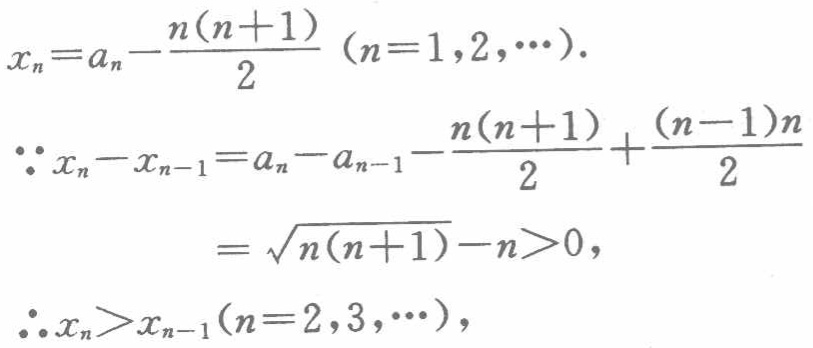
\[

\begin{align*}

x_{n}&=a_{n}-\frac{n(n + 1)}{2}\ (n = 1,2,\cdots).\\

\because x_{n}-x_{n - 1}&=a_{n}-a_{n - 1}-\frac{n(n + 1)}{2}+\frac{(n - 1)n}{2}\\

&=\sqrt{n(n + 1)}-n>0,\\

\therefore x_{n}&>x_{n - 1}(n = 2,3,\cdots),

\end{align*}

\]